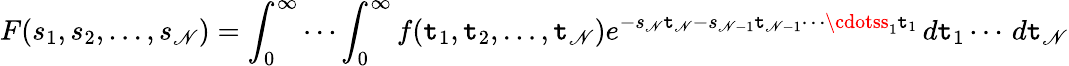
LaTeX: F(s_{1},s_{2},\ldots,s_{\mathscr{N}})=\int_{0}^{\infty}\cdots\int_{0}^{\infty}f(\mathtt{t}_{1},\mathtt{t}_{2},\ldots,\mathtt{t}_{\mathscr{N}})e^{-s_{\mathscr{N}}\mathtt{t}_{\mathscr{N}}-s_{\mathscr{N}-1}\mathtt{t}_{\mathscr{N}-1}\cdots\cdotss_{1}\mathtt{t}_{1}}\, d\mathtt{t}_{1}\cdots\, d\mathtt{t}_{\mathscr{N}}